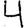
Digit: 4